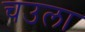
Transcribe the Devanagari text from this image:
चउला